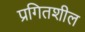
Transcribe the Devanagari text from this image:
प्रगितशील